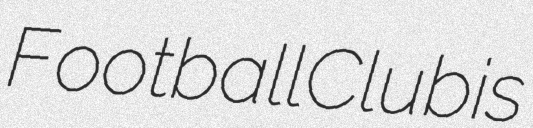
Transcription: Football Club is